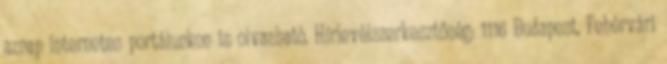
aznap internetes portálunkon is olvasható. Hírlevélszerkesztőség: 1116 Budapest, Fehérvári